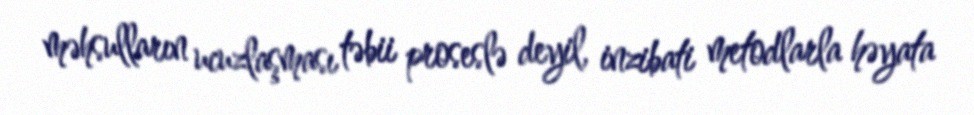
məhsulların ucuzlaşması təbii proseslə deyil, inzibati metodlarla həyata